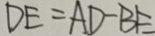
D E = A D - B E